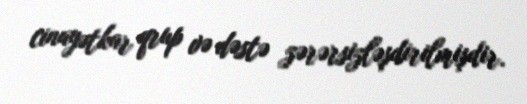
cinayətkar qrup və dəstə zərərsizləşdirilmişdir.